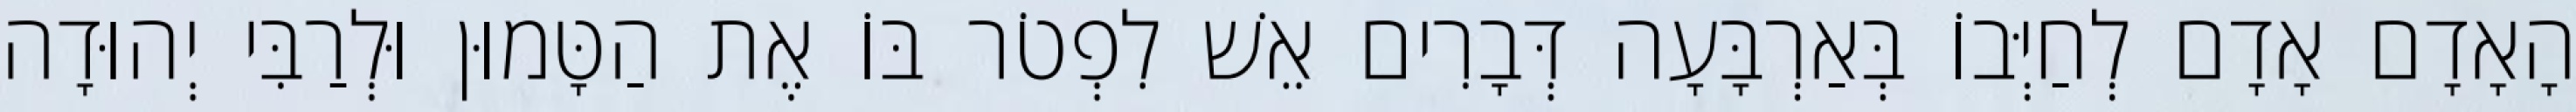
הָאָדָם אָדָם לְחַיְּבוֹ בְּאַרְבָּעָה דְּבָרִים אֵשׁ לִפְטֹר בּוֹ אֶת הַטָּמוּן וּלְרַבִּי יְהוּדָה